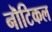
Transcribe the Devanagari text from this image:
नॊटिकल